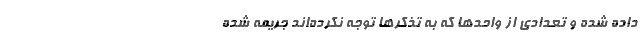
داده شده و تعدادی از واحد‌ها که به تذکر‌ها توجه نکرده‌اند جریمه شده